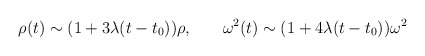
\begin{align*}\rho(t)\sim (1+3\lambda (t-t_0))\rho,\hskip 0.3 in\omega^2(t)\sim(1+4\lambda (t-t_0))\omega^2\end{align*}